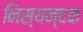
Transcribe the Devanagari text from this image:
निस्यन्दक